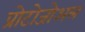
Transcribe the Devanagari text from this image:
प्रोटोजोअल